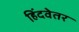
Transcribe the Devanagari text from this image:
हिंदवेतर